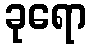
ခုရော